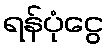
ရန်ပုံငွေ